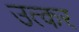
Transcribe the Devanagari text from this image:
उत्कर